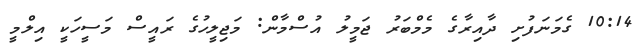
10:14 ގެމަނަފުށި ދާއިރާގެ މެމްބަރު ޖަމީލު އުސްމާން: މަޖިލީހުގެ ރައީސް މަސީހަކީ އިލްމީ